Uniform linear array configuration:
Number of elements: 4
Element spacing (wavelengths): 0.25
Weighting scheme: binomial
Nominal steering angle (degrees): -60
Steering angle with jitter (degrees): -59.944
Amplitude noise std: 0.05
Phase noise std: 0.05

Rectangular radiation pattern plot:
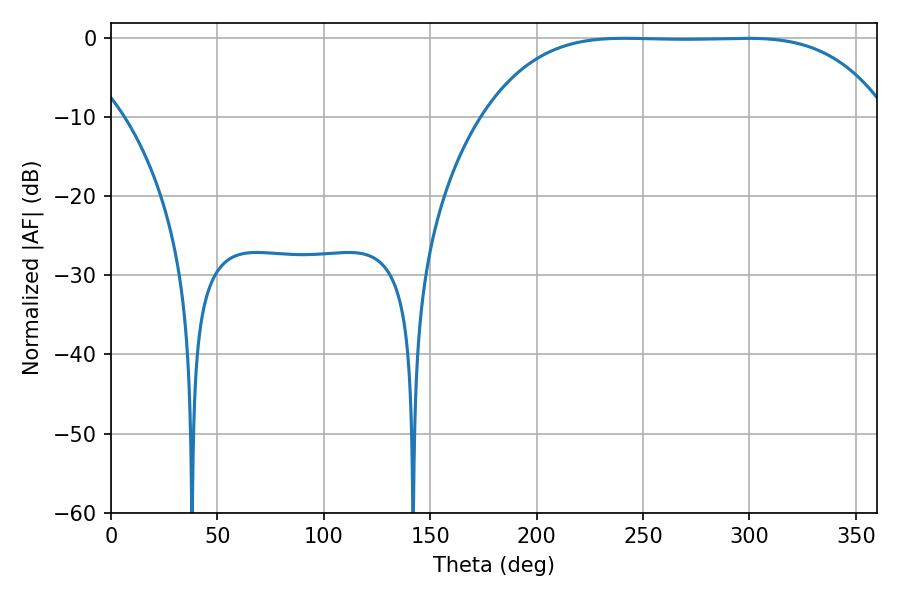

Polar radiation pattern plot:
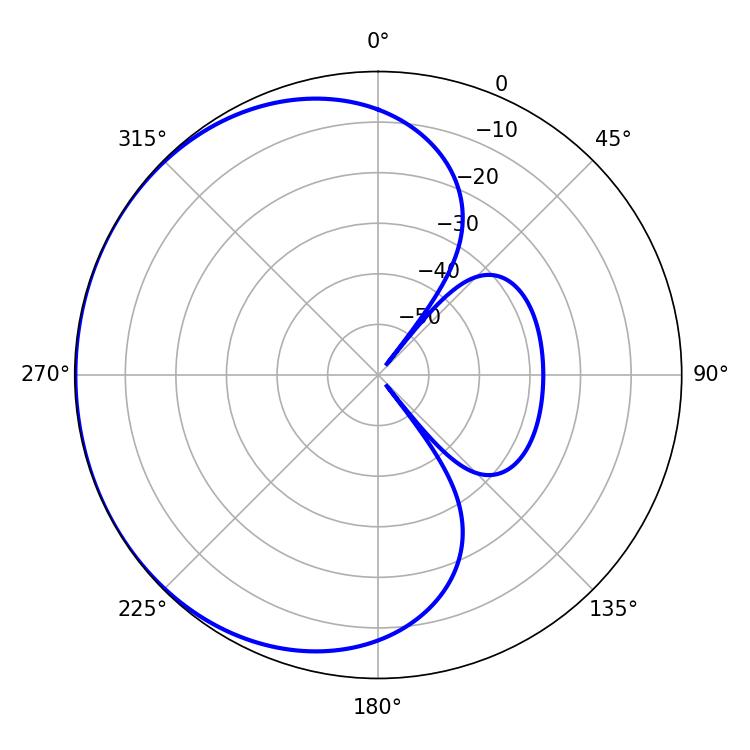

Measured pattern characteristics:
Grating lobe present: FALSE
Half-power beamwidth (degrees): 144.72
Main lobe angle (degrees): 241.74